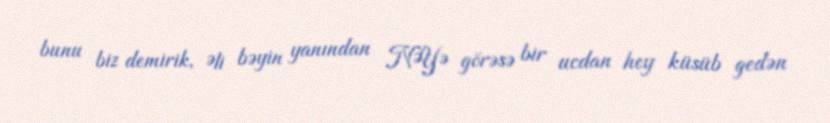
bunu biz demirik, Əli bəyin yanından NƏYƏ görəsə bir ucdan hey küsüb gedən